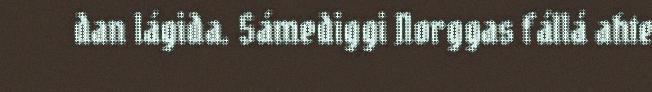
dan lágida. Sámediggi Norggas fállá ahte